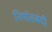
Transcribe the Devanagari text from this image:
निर्यातबंदी